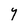
Character: Y